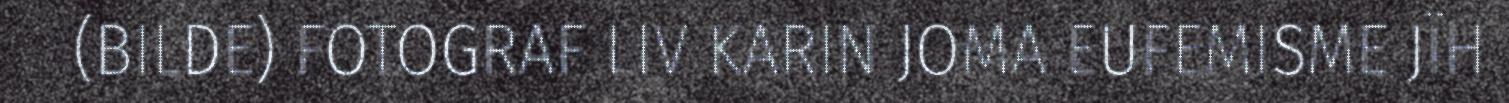
(BILDE) FOTOGRAF LIV KARIN JOMA EUFEMISME JÏH